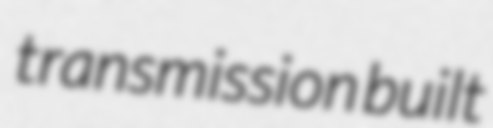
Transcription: transmission built